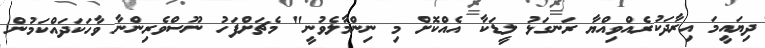
ދިޔައީމަ އިރާދަކުރެއްވިއްޔާ ރަނގަޅު ލީޑަކާ އެއްކޮށް މި ނިންމާލެވުނީ" މެޗަށްފަހު ނޫސްވެރިންނާ ވާހަކަދައްކަމުން